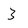
Character: 3